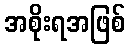
အစိုးရအဖြစ်